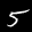
Label: 5